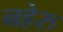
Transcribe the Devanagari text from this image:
नहेरु